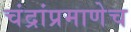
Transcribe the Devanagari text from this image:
चंद्रांप्रमाणेच